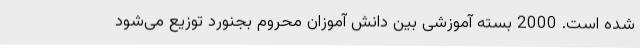
شده است. 2000 بسته آموزشی بین دانش آموزان محروم بجنورد توزیع می‌شود